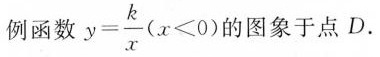
例函数 $$y = \frac { k } { x }$$($$x < 0$$) 的图象于点D.